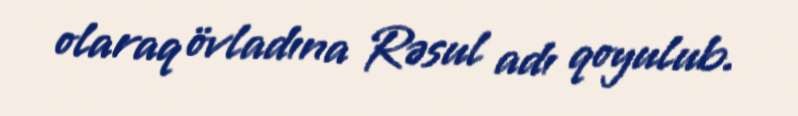
olaraq övladına Rəsul adı qoyulub.